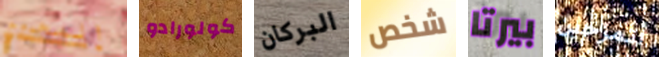
المجروح كولورادو البركان شخص بيرتا أتمزحين